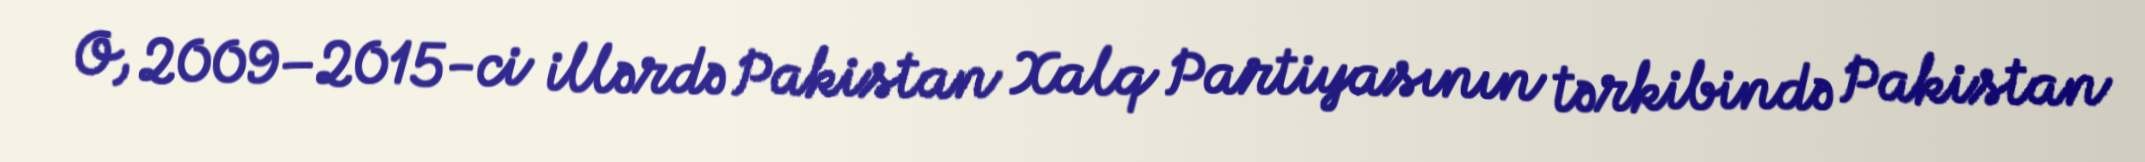
O, 2009–2015-ci illərdə Pakistan Xalq Partiyasının tərkibində Pakistan